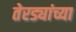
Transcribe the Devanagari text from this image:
तेरड्यांच्या